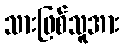
သားဖြစ်သူအား